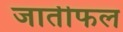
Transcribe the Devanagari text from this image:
जातीफल